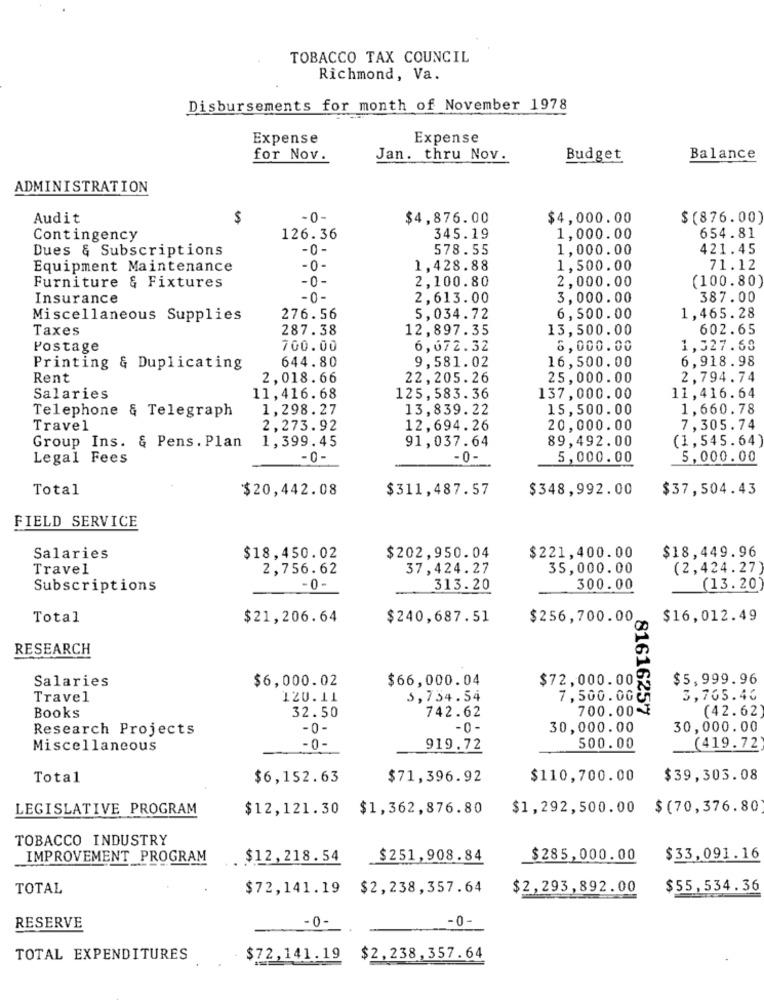
TOBACCO TAX COUNCIL
Richmond, Va.
Disbursements for month of November 1978
Expense
Expense
for Nov.
Jan. thru Nov.
Budget
Balance
ADMINISTRATION
Audit
$
-0-
$4,876.00
$4,000.00
$ (876.00)
Contingency
126.36
345.19
1,000.00
654.81
Dues & Subscriptions
-0 -
578.55
1,000.00
421.45
Equipment Maintenance
- 0 -
1,428.88
1,500.00
71.12
Furniture & Fixtures
-0-
2,100.80
2,000.00
(100.80)
Insurance
-0-
2,613.00
3,000.00
387.00
Miscellaneous Supplies
276.56
5,034.72
6,500.00
1,465.28
Taxes
287.38
12,897.35
13,500.00
602.65
Postage
700.00
6,672.32
8,000.00
1,327.68
9,581.02
16,500.00
6,918.98
Printing & Duplicating
644.80
Rent
2,018.66
22,205.26
25,000.00
2,794.74
Salaries
11,416.68
125,583.36
137,000.00
11,416.64
Telephone & Telegraph
1,298.27
13,839.22
15,500.00
1,660.78
Travel
2,273.92
12,694.26
20,000.00
7,305.74
Group Ins. & Pens . Plan
1,399.45
91,037.64
89,492.00
(1,545.64)
Legal Fees
- 0 -
-0-
5,000.00
5,000.00
Total
$20,442.08
$311,487.57
$348,992.00
$37,504.43
FIELD SERVICE
$18,449.96
Salaries
$18,450.02
$202,950.04
$221,400.00
Travel
2,756.62
37,424.27
35,000.00
(2,424.27)
Subscriptions
-0-
313.20
300.00
(13.20
Total
$21,206.64
$240,687.51
$256,700.00
$16,012.49
RESEARCH
Salaries
$6,000.02
$66,000.04
$72,000.00 %
$5,999.96
Travel
1ZU.11
5,734.54
7,500.000
3,765.40
32.50
742.62
700.00-₮
(42.62)
Books
Research Projects
-0 -
-0 -
30,000.00
30,000.00
Miscellaneous
-0-
919.72
500.00
(419.72
Total
$6,152.63
$71,396.92
$110,700.00
$39,303.08
LEGISLATIVE PROGRAM
$12,121.30 $1,362,876.80
$1,292,500.00 $(70,376.80
TOBACCO INDUSTRY
IMPROVEMENT_PROGRAM
$12,218.54
$251,908.84
$285,000.00
$33,091.16
TOTAL
$72,141.19 $2, 238, 357.64
$2,293,892.00
$55,534.36
-0-
RESERVE
-0-
TOTAL EXPENDITURES
$72, 141.19 $2,238, 357.64